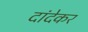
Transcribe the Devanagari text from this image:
दांदेकर